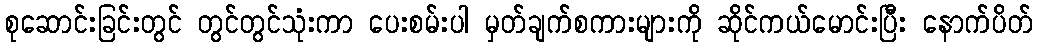
စုဆောင်းခြင်းတွင် တွင်တွင်သုံးကာ ပေးစမ်းပါ မှတ်ချက်စကားများကို ဆိုင်ကယ်မောင်းပြီး နောက်ပိတ်